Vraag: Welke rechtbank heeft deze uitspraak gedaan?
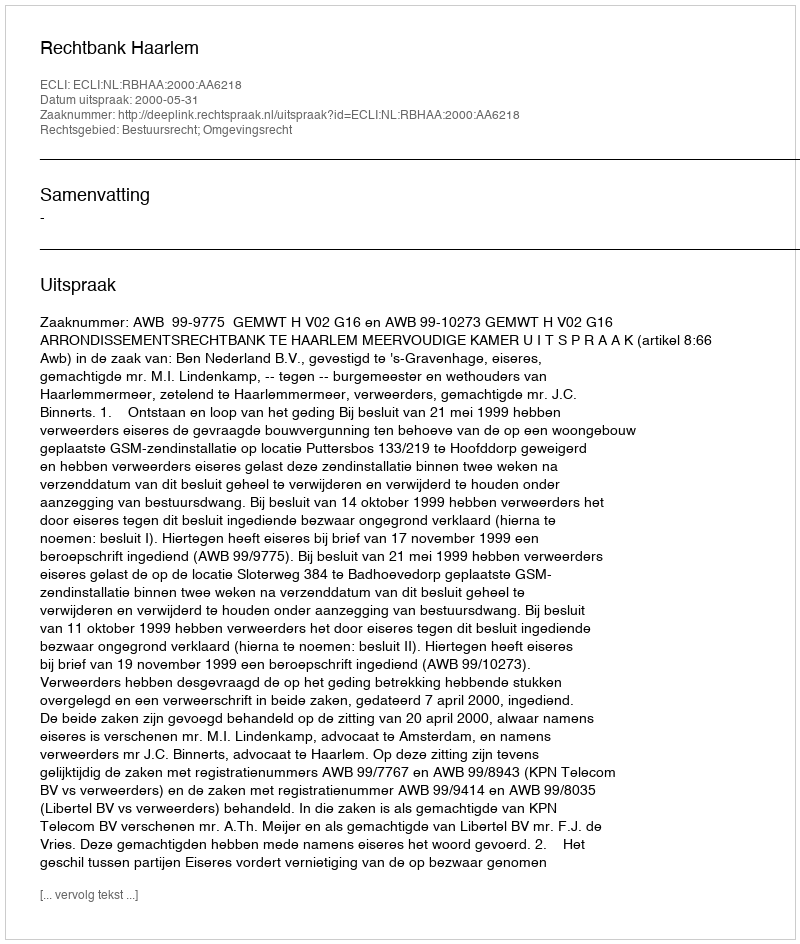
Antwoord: Rechtbank Haarlem